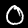
Digit: 0